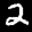
Label: 2